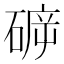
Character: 𱴡